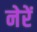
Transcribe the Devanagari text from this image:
नेरें